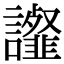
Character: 𧭸